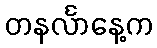
တနင်္လာနေ့က